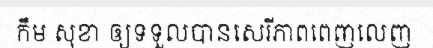
កឹម សុខា ឲ្យទទួលបានសេរីភាពពេញលេញ